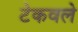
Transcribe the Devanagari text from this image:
टेकवले